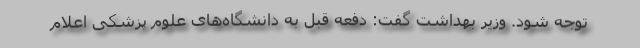
توجه شود. وزیر بهداشت گفت: دفعه قبل به دانشگاه‌های علوم پزشکی اعلام